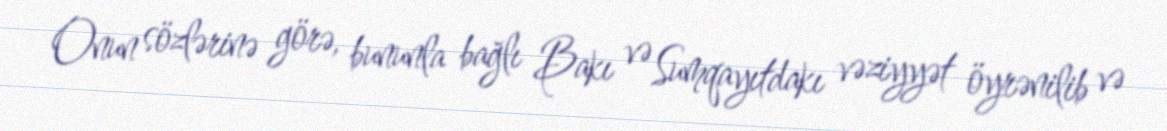
Onun sözlərinə görə, bununla bağlı Bakı və Sumqayıtdakı vəziyyət öyrənilib və